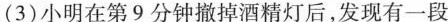
(3)小明在第9分钟撤掉酒精灯后，发现有一段